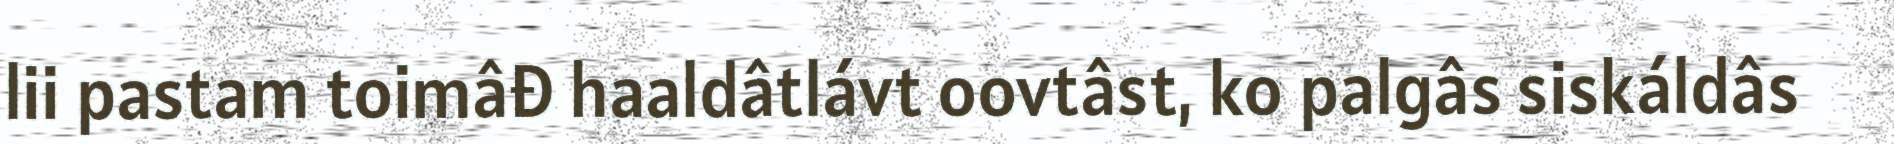
lii pastam toimâđ haaldâtlávt oovtâst, ko palgâs siskáldâs